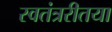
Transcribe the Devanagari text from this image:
स्वतंत्ररीतया